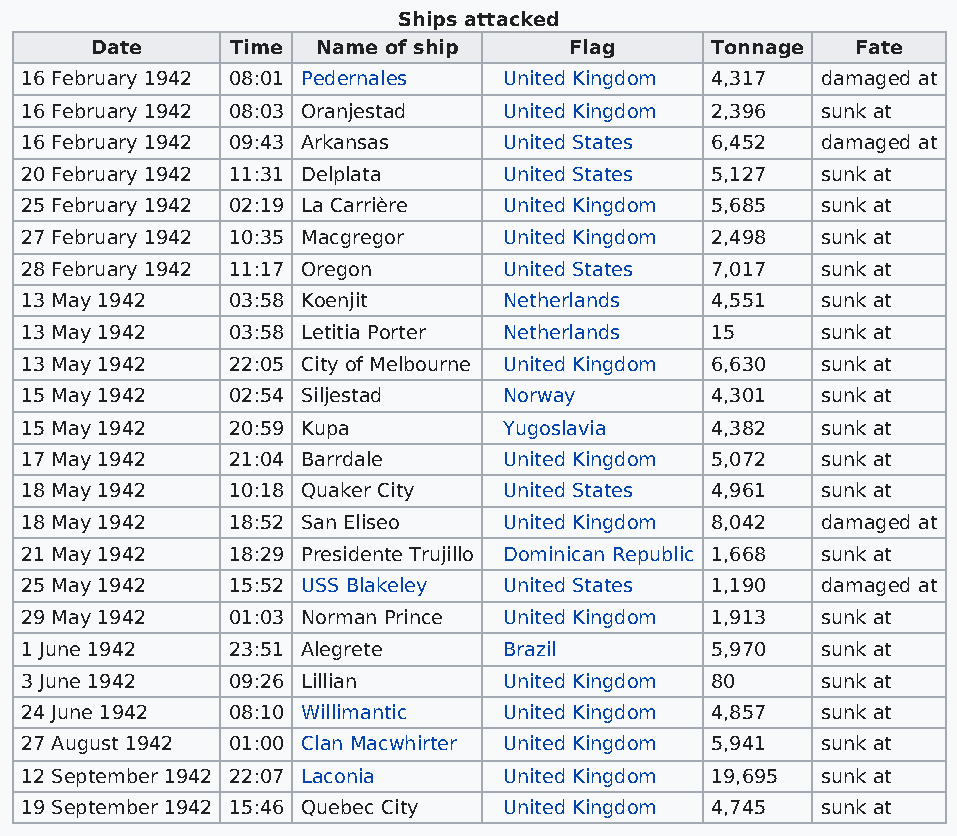
Ships attacked
 Date     Time  Name of ship     Flag     Tonnage   Fate
 16 February 1942 08:01 Pedernales United Kingdom 4,317 damaged at
 16 February 1942 08:03 Oranjestad United Kingdom 2,396 sunk at
 16 February 1942 09:43 Arkansas United States 6,452  damaged at
 20 February 1942 11:31 Delplata United States 5,127  sunk at
 25 February 1942 02:19 La Carrière United Kingdom 5,685 sunk at
 27 February 1942 10:35 Macgregor United Kingdom 2,498 sunk at
 28 February 1942 11:17 Oregon   United States 7,017  sunk at
 13 May 1942   03:58 Koenjit     Netherlands   4,551  sunk at
 13 May 1942   03:58 Letitia Porter Netherlands 15    sunk at
 13 May 1942   22:05 City of Melbourne United Kingdom 6,630 sunk at
 15 May 1942   02:54 Siljestad   Norway        4,301  sunk at
 15 May 1942   20:59 Kupa        Yugoslavia    4,382  sunk at
 17 May 1942   21:04 Barrdale    United Kingdom 5,072 sunk at
 18 May 1942   10:18 Quaker City United States 4,961  sunk at
 18 May 1942   18:52 San Eliseo  United Kingdom 8,042 damaged at
 21 May 1942   18:29 Presidente Trujillo Dominican Republic 1,668 sunk at
 25 May 1942   15:52 USS Blakeley United States 1,190 damaged at
 29 May 1942   01:03 Norman Prince United Kingdom 1,913 sunk at
 1 June 1942   23:51 Alegrete    Brazil        5,970  sunk at
 3 June 1942   09:26 Lillian     United Kingdom 80    sunk at
 24 June 1942  08:10 Willimantic United Kingdom 4,857 sunk at
 27 August 1942 01:00 Clan Macwhirter United Kingdom 5,941 sunk at
 12 September 1942 22:07 Laconia United Kingdom 19,695 sunk at
 19 September 1942 15:46 Quebec City United Kingdom 4,745 sunk at